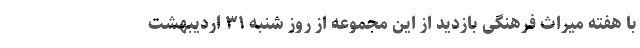
با هفته میراث فرهنگی بازدید از این مجموعه از روز شنبه ۳۱ اردیبهشت